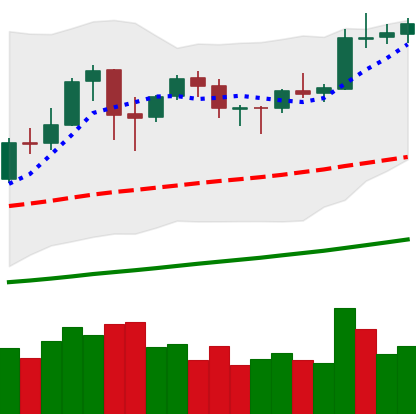
Ticker: BNB-USD
Chart end date: 2020-10-15
Forward return: -7.964%
Label: down_7plus